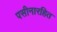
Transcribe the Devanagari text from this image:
पसीनारहित